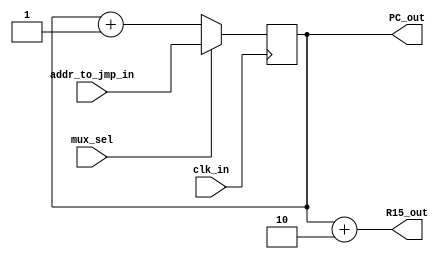
`timescale 1ns / 1ps

module program_counter(
    input mux_sel, // selects next instruction address
    input clk_in,
    input [7:0] addr_to_jmp_in, // specifies address wher to jump
    output reg [7:0] PC_out=0, // output of PC
    output [7:0] R15_out // This will be written in register file 15
    );

wire [7:0] PC_in; 

assign PC_in = (mux_sel==1) ? addr_to_jmp_in:PC_out+1; // mux that selects the next instruction address

assign R15_out = PC_out+2; // PC+2

always @(posedge clk_in) begin // PC
	PC_out <= PC_in; 
end

endmodule